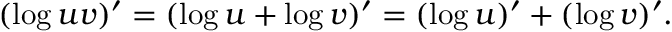
( \log u v ) ^ { \prime } = ( \log u + \log v ) ^ { \prime } = ( \log u ) ^ { \prime } + ( \log v ) ^ { \prime } .